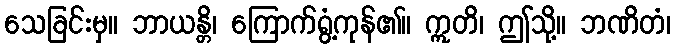
သေခြင်းမှ။ ဘာယန္တိ၊ ကြောက်ရွံ့ကုန်၏။ ဣတိ၊ ဤသို့။ ဘဏိတံ၊